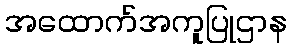
အထောက်အကူပြုဌာန